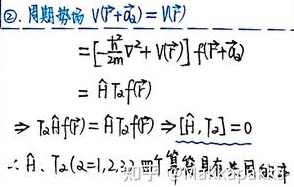
\textcircled{2}. 周期势场 \(V(\vec{r} + \vec{\alpha}_{i}) = V(\vec{r})\)
\[
\begin{align*}
&\left[-\frac{\hbar^{2}}{2m}\nabla^{2}+V(\vec{r})\right]f(\vec{r} + \vec{\alpha}_{i})\\
=&\hat{H}\hat{T}_{i}f(\vec{r})
\end{align*}
\]
\(\Rightarrow \hat{T}_{i}\hat{H}f(\vec{r}) = \hat{H}\hat{T}_{i}f(\vec{r}) \Rightarrow [\hat{H},\hat{T}_{i}]=0\)
\(\therefore \hat{H}、\hat{T}_{i}(i = 1,2,3)\) 算符具有共同本征